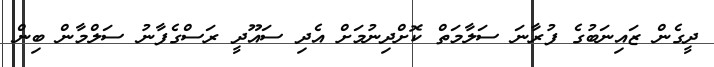
ދީގެން ޒައިނަބުގެ ފުރާނަ ސަލާމަތް ކޮށްދިނުމަށް އެދި ސައޫދީ ރަސްގެފާނު ސަލްމާން ބިން